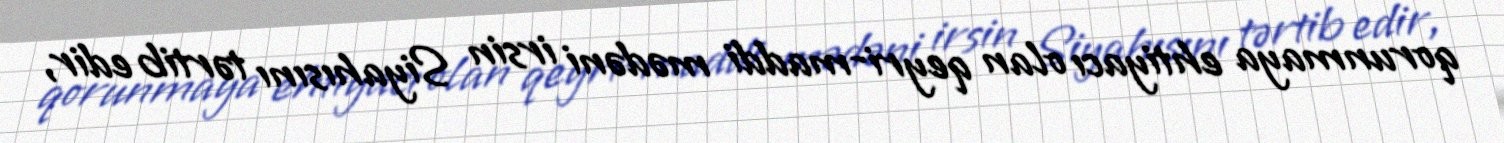
qorunmaya ehtiyacı olan qeyri-maddi mədəni irsin Siyahısını tərtib edir,